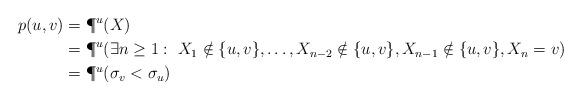
LaTeX: \begin{align*}p(u,v)&=\P^u(X)\\&=\P^u(\exists n\ge 1: \ X_1\notin\{u,v\},\dots,X_{n-2}\notin\{u,v\}, X_{n-1}\notin\{u,v\}, X_n=v)\\&=\P^u(\sigma_v<\sigma_u)\end{align*}